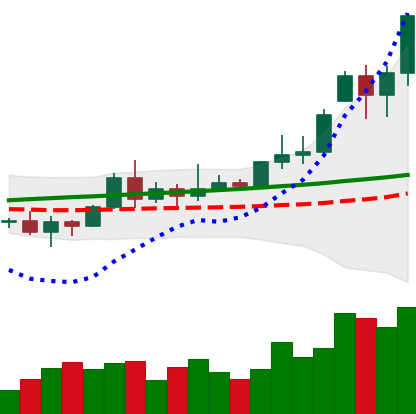
Ticker: XRP-USD
Chart end date: 2020-11-20
Forward return: 93.705%
Label: up_7plus